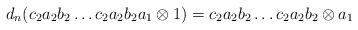
LaTeX: \begin{align*}d_n(c_2a_2b_2 \dots c_2a_2b_2a_1 \otimes 1) = c_2a_2b_2 \dots c_2a_2b_2 \otimes a_1\end{align*}